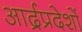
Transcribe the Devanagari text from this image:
आर्द्रप्रदेशों